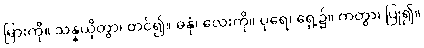
မြားကို။ သန္နယှိတွာ၊ တင်၍။ ဓနုံ၊ လေးကို။ ပုရေ၊ ရှေ့၌။ ကတွာ၊ ပြု၍။